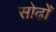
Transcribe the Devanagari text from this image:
सोढोँ